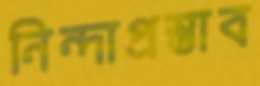
নিন্দাপ্রস্তাব